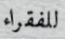
للفقراء